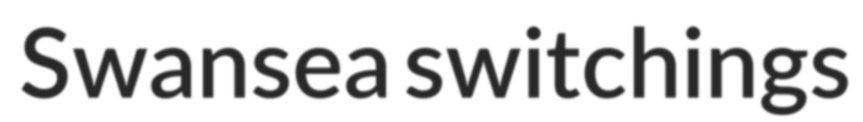
Swansea switchings